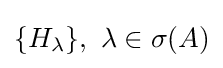
\{H_{\lambda }\},\,\,\lambda \in \sigma (A)